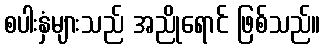
စပါးနှံများသည် အညိုရောင် ဖြစ်သည်။